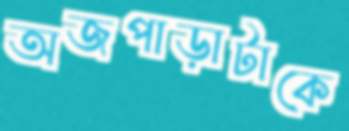
অজপাড়াটাকে